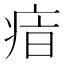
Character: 𤶓